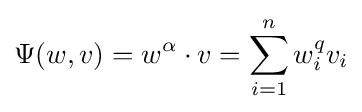
\Psi (w,v)=w^{\alpha }\cdot v=\sum _{i=1}^{n}w_{i}^{q}v_{i}